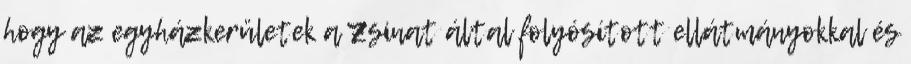
hogy az egyházkerületek a Zsinat által folyósított ellátmányokkal és